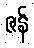
ဇန်